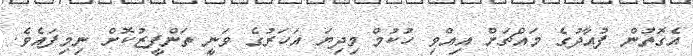
އެގޮތުން ފުއާދުގެ މައްޗަށް އިއްވި ހުކުމް މިދިޔަ އަހަރުގެ ވަނީ ތަންފީޒުކޮށް ނިމިފައެވެ.